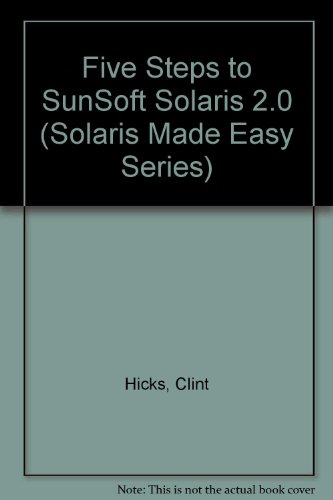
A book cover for Five Steps to SunSoft Solaris 2.* (Solaris Made Easy Series); David Talbott; Computers & Technology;